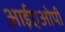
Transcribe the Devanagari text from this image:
आईएओपी